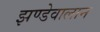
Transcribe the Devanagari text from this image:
झण्डेवालान